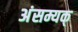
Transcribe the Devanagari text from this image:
अंसम्यक्